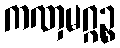
ကဏှမဂ္ဂဉ္စ